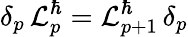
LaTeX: \delta_{p}\, {\cal L}_{p}^{\hbar}={\cal L}_{p+1}^{\hbar}\, \delta_{p}